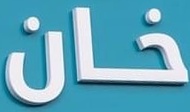
خان